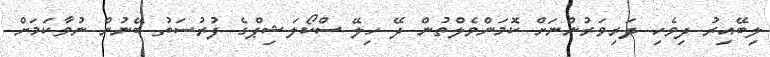
ލިބޭއިރު ދިވެހި ދަރިވަރުންނަށް ކޮމަންވެލްތުން ދޭ ހިލޭ ސްކޯލަޝިޕްގެ ފުރުސަތު ބޭނުން ނުވާކަމަށް